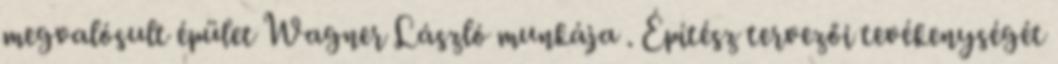
megvalósult épület Wagner László munkája . Építész tervezői tevékenységét